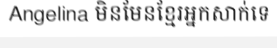
Angelina មិនមែនខ្មែរអ្នកសាក់ទេ